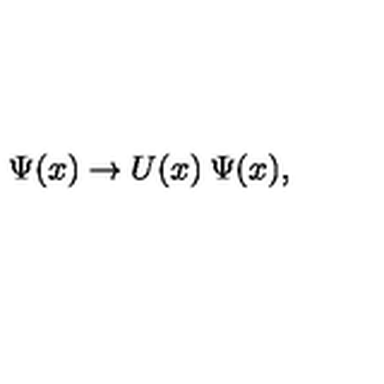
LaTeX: \Psi ( x ) \rightarrow U ( x ) \: \Psi ( x ) ,